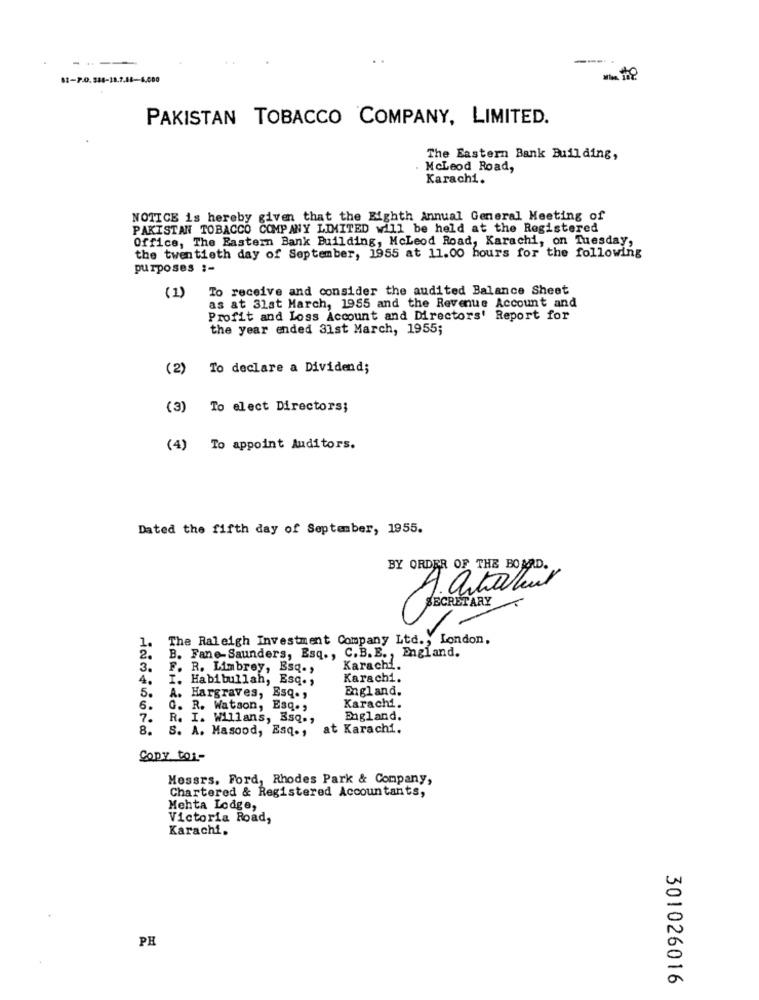
---.
PAKISTAN TOBACCO COMPANY, LIMITED.
The Eastern Bank Building,
. McLeod Road,
Karachi.
NOTICE is hereby given that the Eighth Annual General Meeting of
PAKISTAN TOBACCO COMPANY LIMITED will be held at the Registered
Office, The Eastern Bank Building, McLeod Road, Karachi, on Tuesday,
the twentieth day of September, 1955 at 11.00 hours for the following
purposes :-
To receive and consider the audited Balance Sheet
(1)
as at 31at March, 1955 and the Revenue Account and
Profit and Loss Account and Directors' Report for
the year ended 31st March, 1955;
(2)
To declare a Dividend;
(3) To elect Directors;
(4) To appoint Auditors.
Dated the fifth day of September, 1955.
BY ORDER OF THE BOARD.
A. artabul
SECRETARY
The Raleigh Investment Company Ltd ., London,
1.
2.
B. Fane-Saunders, Esq ., C.B.E ., England.
3.
F. R. Limbrey, Esq .,
Karachi.
4. I. Habibullah, Esq .,
Karachi.
England.
5. A. Hargraves, Esq .,
6.
G. R. Watson, Esq .,
Karachi.
7.
R. I. Willans, Esq .,
England.
8.
S. A. Masood, Esq ., at Karachi.
Copy tor-
Messrs, Ford, Rhodes Park & Company,
Chartered & Registered Accountants,
Mehta Lodge,
Victoria Road,
Karachi,
PH
301026016